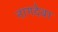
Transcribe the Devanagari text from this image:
नागदेवा